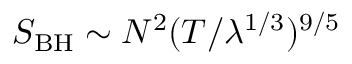
S _ { \mathrm { B H } } \sim N ^ { 2 } ( T / \lambda ^ { 1 / 3 } ) ^ { 9 / 5 }